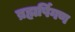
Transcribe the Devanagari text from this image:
ब्रह्मर्षिगण